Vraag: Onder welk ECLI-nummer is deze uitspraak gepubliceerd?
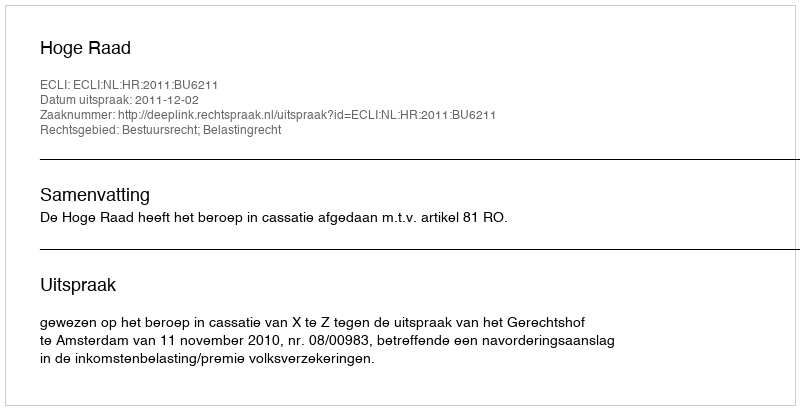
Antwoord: ECLI:NL:HR:2011:BU6211